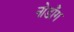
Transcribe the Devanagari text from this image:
नोडाँग